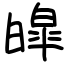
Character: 皡